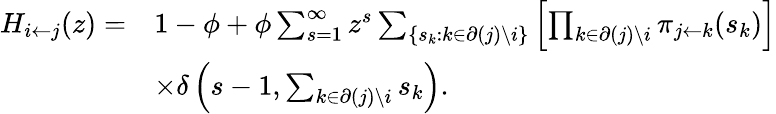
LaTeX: \begin{array}{rl}{H_{i\leftarrow j}(z)=}&{1-\phi+\phi\sum_{s=1}^{\infty}z^{s}\sum_{\{ s_{k}:k\in\partial(j)\backslash i\} }\left[\prod_{k\in\partial(j)\backslash i}\pi_{j\leftarrow k}(s_{k})\right]}\\ &{\times\delta\left(s-1,\sum_{k\in\partial(j)\backslash i}s_{k}\right).}\end{array}